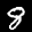
Label: 8